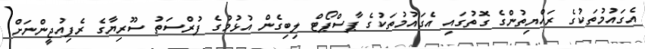
އެގައުމުތަކުގެ ރައްޔިތުންގެ ގޮތުގައި އެގައުމުތަކުގެ ޕާސްޕޯޓް ލިބިގެން އުޅުމުގެ ފުރްސަތު ސޫރިޔާގެ ރެފިއުޖީންނަށް